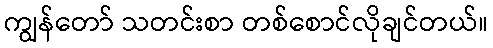
ကျွန်တော် သတင်းစာ တစ်စောင်လိုချင်တယ်။